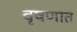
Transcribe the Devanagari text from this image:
वृषणात